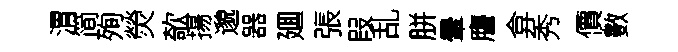
渭简殉熒欹揚邈器廽張叚乱胼暈譍弇秀價數